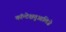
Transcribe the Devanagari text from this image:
कॉन्टेक्षतुआलिज़े